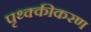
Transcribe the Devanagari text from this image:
पृथ्क्कीकरण